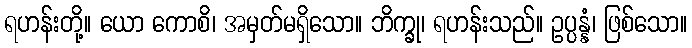
ရဟန်းတို့။ ယော ကောစိ၊ အမှတ်မရှိသော။ ဘိက္ခု၊ ရဟန်းသည်။ ဥပ္ပန္နံ၊ ဖြစ်သော။